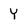
Character: Y